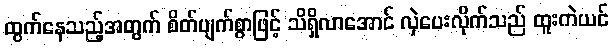
ထွက်နေသည့်အတွက် စိတ်ပျက်စွာဖြင့် သိရှိလာအောင် လှဲပေးလိုက်သည် ထူးကဲယင်